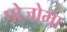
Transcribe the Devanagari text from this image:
पोजोमा